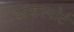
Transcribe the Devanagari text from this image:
डांसस्पोर्ट